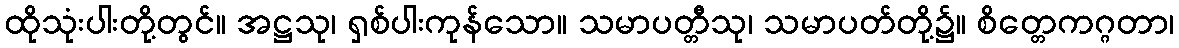
ထိုသုံးပါးတို့တွင်။ အဋ္ဌသု၊ ရှစ်ပါးကုန်သော။ သမာပတ္တီသု၊ သမာပတ်တို့၌။ စိတ္တေကဂ္ဂတာ၊